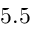
5 . 5